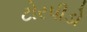
ટોરપીડો